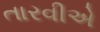
તારવીએ